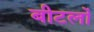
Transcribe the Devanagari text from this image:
बीटलों